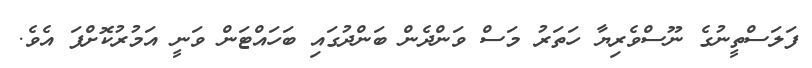
ފަލަސްތީނުގެ ނޫސްވެރިޔާ ހަތަރު މަސް ވަންދެން ބަންދުގައި ބަހައްޓަން ވަނީ އަމުރުކޮށްފަ އެވެ.